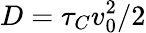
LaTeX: D=\tau_{C}v_{0}^{2}/2